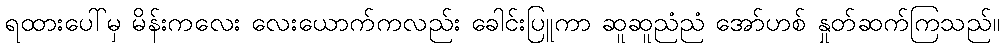
ရထားပေါ်မှ မိန်းကလေး လေးယောက်ကလည်း ခေါင်းပြူကာ ဆူဆူညံညံ အော်ဟစ် နှုတ်ဆက်ကြသည်။